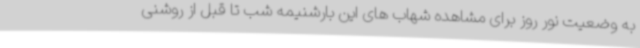
به وضعیت نور روز برای مشاهده شهاب های این بارشنیمه شب تا قبل از روشنی